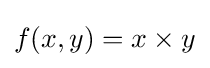
f(x,y)=x\times y